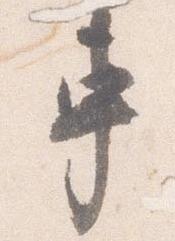
車